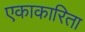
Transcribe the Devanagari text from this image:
एकाकारिता